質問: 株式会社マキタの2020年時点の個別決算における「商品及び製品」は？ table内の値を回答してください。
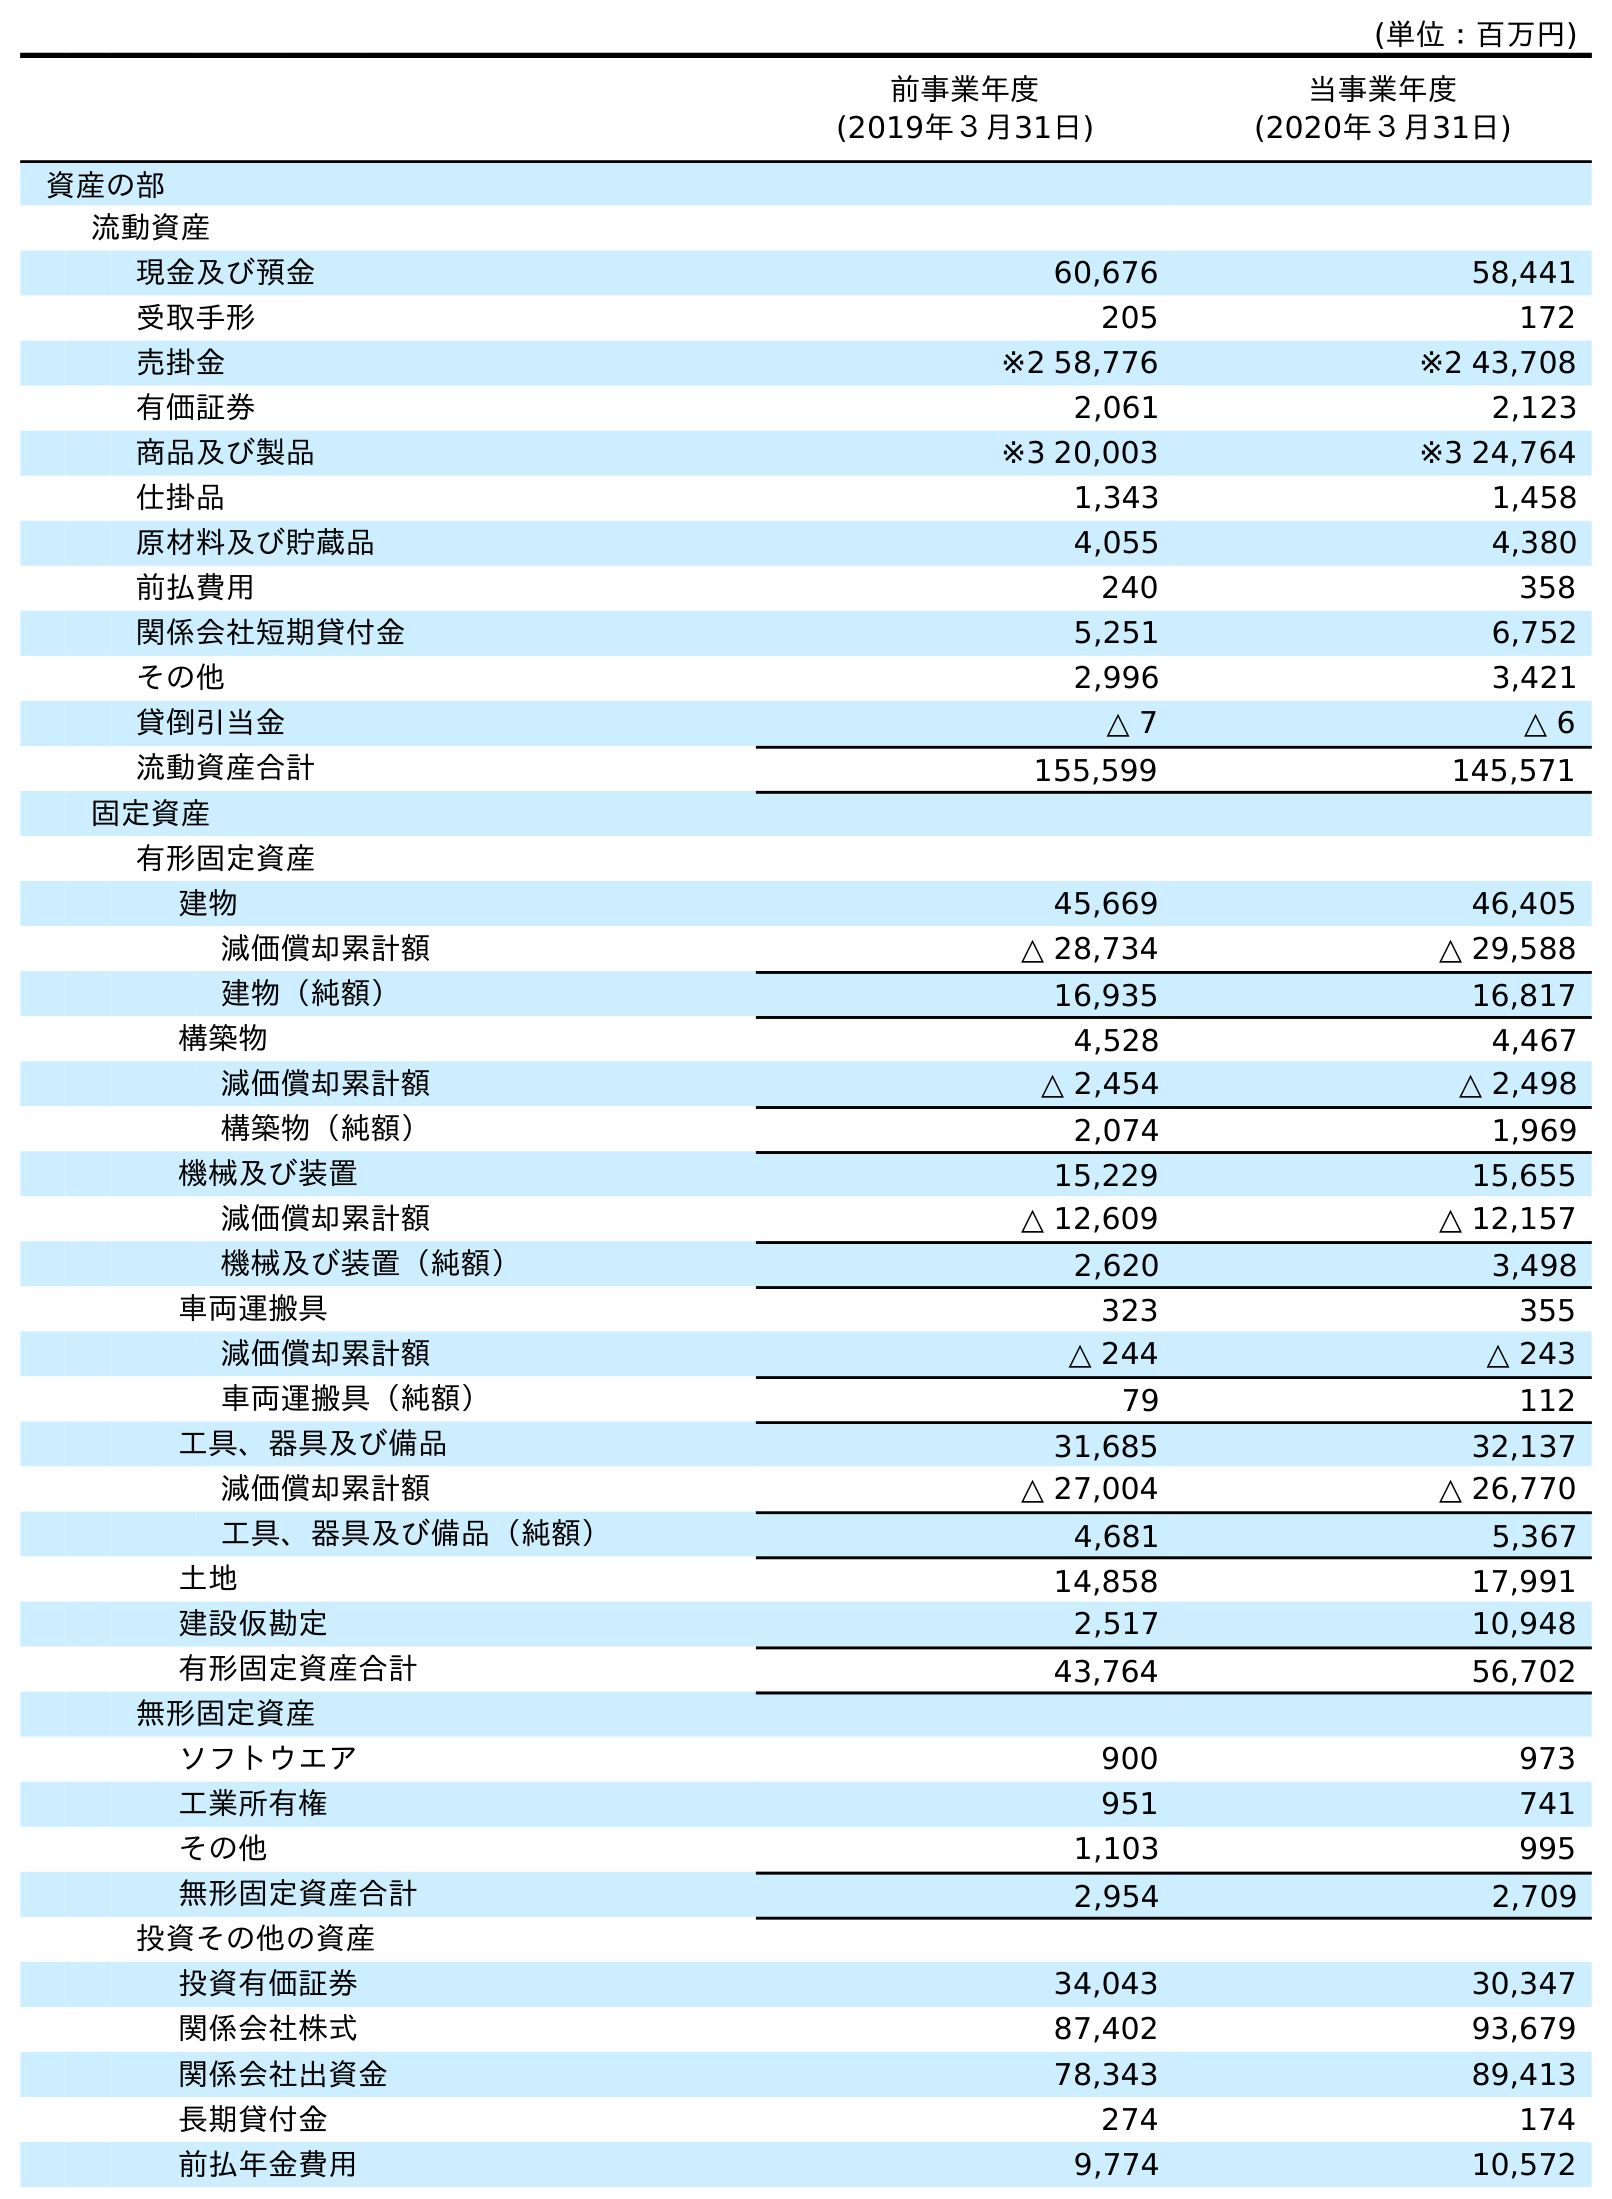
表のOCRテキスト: (単位：百万円) 前事業年度 (2019年３月31日) 当事業年度 (2020年３月31日) 資産の部 流動資産 現金及び預金 60,676 58,441 受取手形 205 172 売掛金 ※2 58,776 ※2 43,708 有価証券 2,061 2,123 商品及び製品 ※3 20,003 ※3 24,764 仕掛品 1,343 1,458 原材料及び貯蔵品 4,055 4,380 前払費用 240 358 関係会社短期貸付金 5,251 6,752 その他 2,996 3,421 貸倒引当金 △ 7 △ 6 流動資産合計 155,599 145,571 固定資産 有形固定資産 建物 45,669 46,405 減価償却累計額 △ 28,734 △ 29,588 建物（純額） 16,935 16,817 構築物 4,528 4,467 減価償却累計額 △ 2,454 △ 2,498 構築物（純額） 2,074 1,969 機械及び装置 15,229 15,655 減価償却累計額 △ 12,609 △ 12,157 機械及び装置（純額） 2,620 3,498 車両運搬具 323 355 減価償却累計額 △ 244 △ 243 車両運搬具（純額） 79 112 工具、器具及び備品 31,685 32,137 減価償却累計額 △ 27,004 △ 26,770 工具、器具及び備品（純額） 4,681 5,367 土地 14,858 17,991 建設仮勘定 2,517 10,948 有形固定資産合計 43,764 56,702 無形固定資産 ソフトウエア 900 973 工業所有権 951 741 その他 1,103 995 無形固定資産合計 2,954 2,709 投資その他の資産 投資有価証券 34,043 30,347 関係会社株式 87,402 93,679 関係会社出資金 78,343 89,413 長期貸付金 274 174 前払年金費用 9,774 10,572
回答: ※324,764